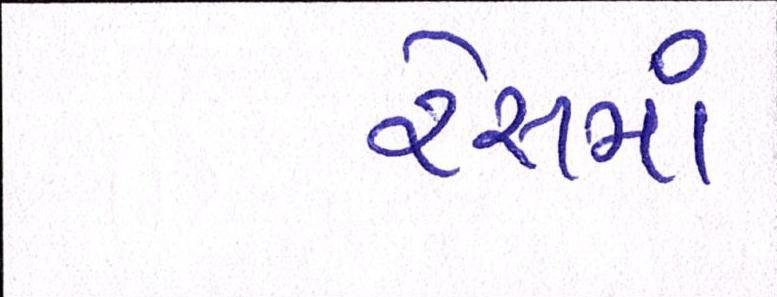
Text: રેસમાં